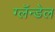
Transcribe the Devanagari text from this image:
ग्लॅन्डेल